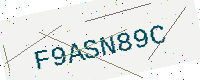
Text: F9ASN89C